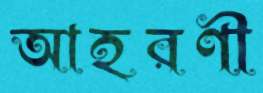
আহরণী